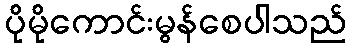
ပိုမိုကောင်းမွန်စေပါသည်